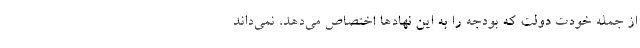
از جمله خودت دولت که بودجه را به این نهادها اختصاص می‌دهد، نمی‌داند